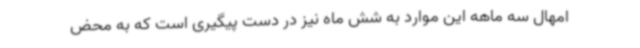
امهال سه ماهه این موارد به شش ماه نیز در دست پیگیری است که به محض